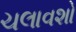
ચલાવશો